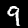
Digit: 9